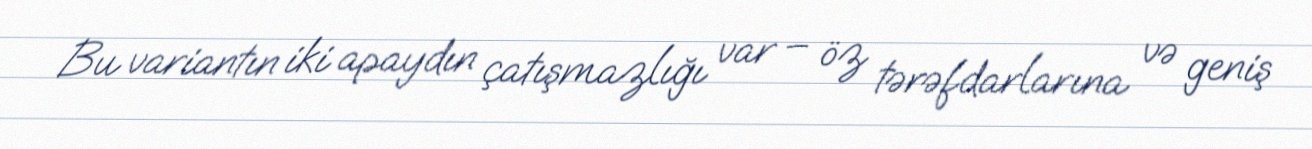
Bu variantın iki apaydın çatışmazlığı var – öz tərəfdarlarına və geniş